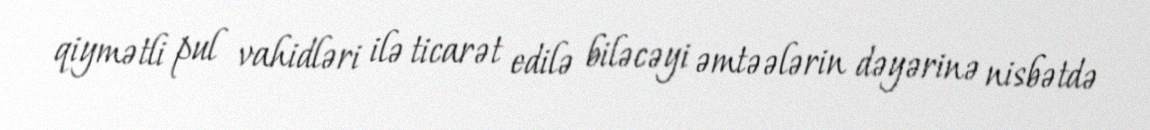
qiymətli pul vahidləri ilə ticarət edilə biləcəyi əmtəələrin dəyərinə nisbətdə